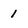
Character: 1